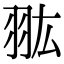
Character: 𦐌